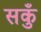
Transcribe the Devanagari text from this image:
सकुँ